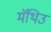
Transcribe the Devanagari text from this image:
मॅथिउ